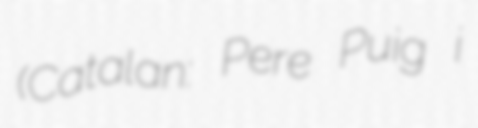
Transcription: (Catalan: Pere Puig i